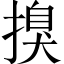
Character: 搝